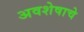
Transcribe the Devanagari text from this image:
अवशेषाचे